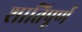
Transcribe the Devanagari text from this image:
शातिपूर्ण